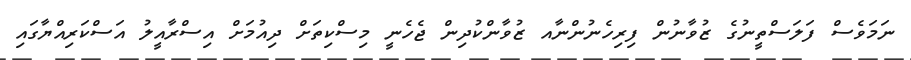
ނަމަވެސް ފަލަސްތީނުގެ ޒުވާނުން ފިރިހެނުންނާއ ޒުވާންކުދިން ޖެހެނީ މިސްކިތަށް ދިއުމަށް އިސްރާއީލު އަސްކަރިއްޔާގައި